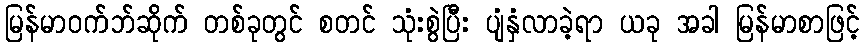
မြန်မာဝက်ဘ်ဆိုက် တစ်ခုတွင် စတင် သုံးစွဲပြီး ပျံနှံလာခဲ့ရာ ယခု အခါ မြန်မာစာဖြင့်